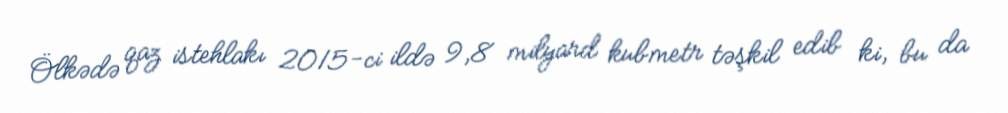
Ölkədə qaz istehlakı 2015-ci ildə 9,8 milyard kubmetr təşkil edib ki, bu da